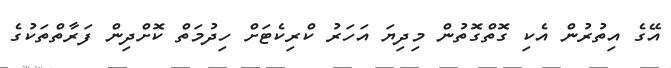
އޭގެ އިތުރުން އެކި ގޮތްގޮތުން މިދިޔަ އަހަރު ކްރިކެޓަށް ހިދުމަތް ކޮށްދިން ފަރާތްތަކުގެ